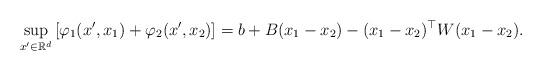
LaTeX: \begin{align*}\sup_{x^\prime \in \mathbb{R}^d} \left[ \varphi_1 (x^\prime, x_1) + \varphi_2 (x^\prime, x_2) \right] = b + B(x_1- x_2) - (x_1-x_2)^\top W (x_1-x_2).\end{align*}